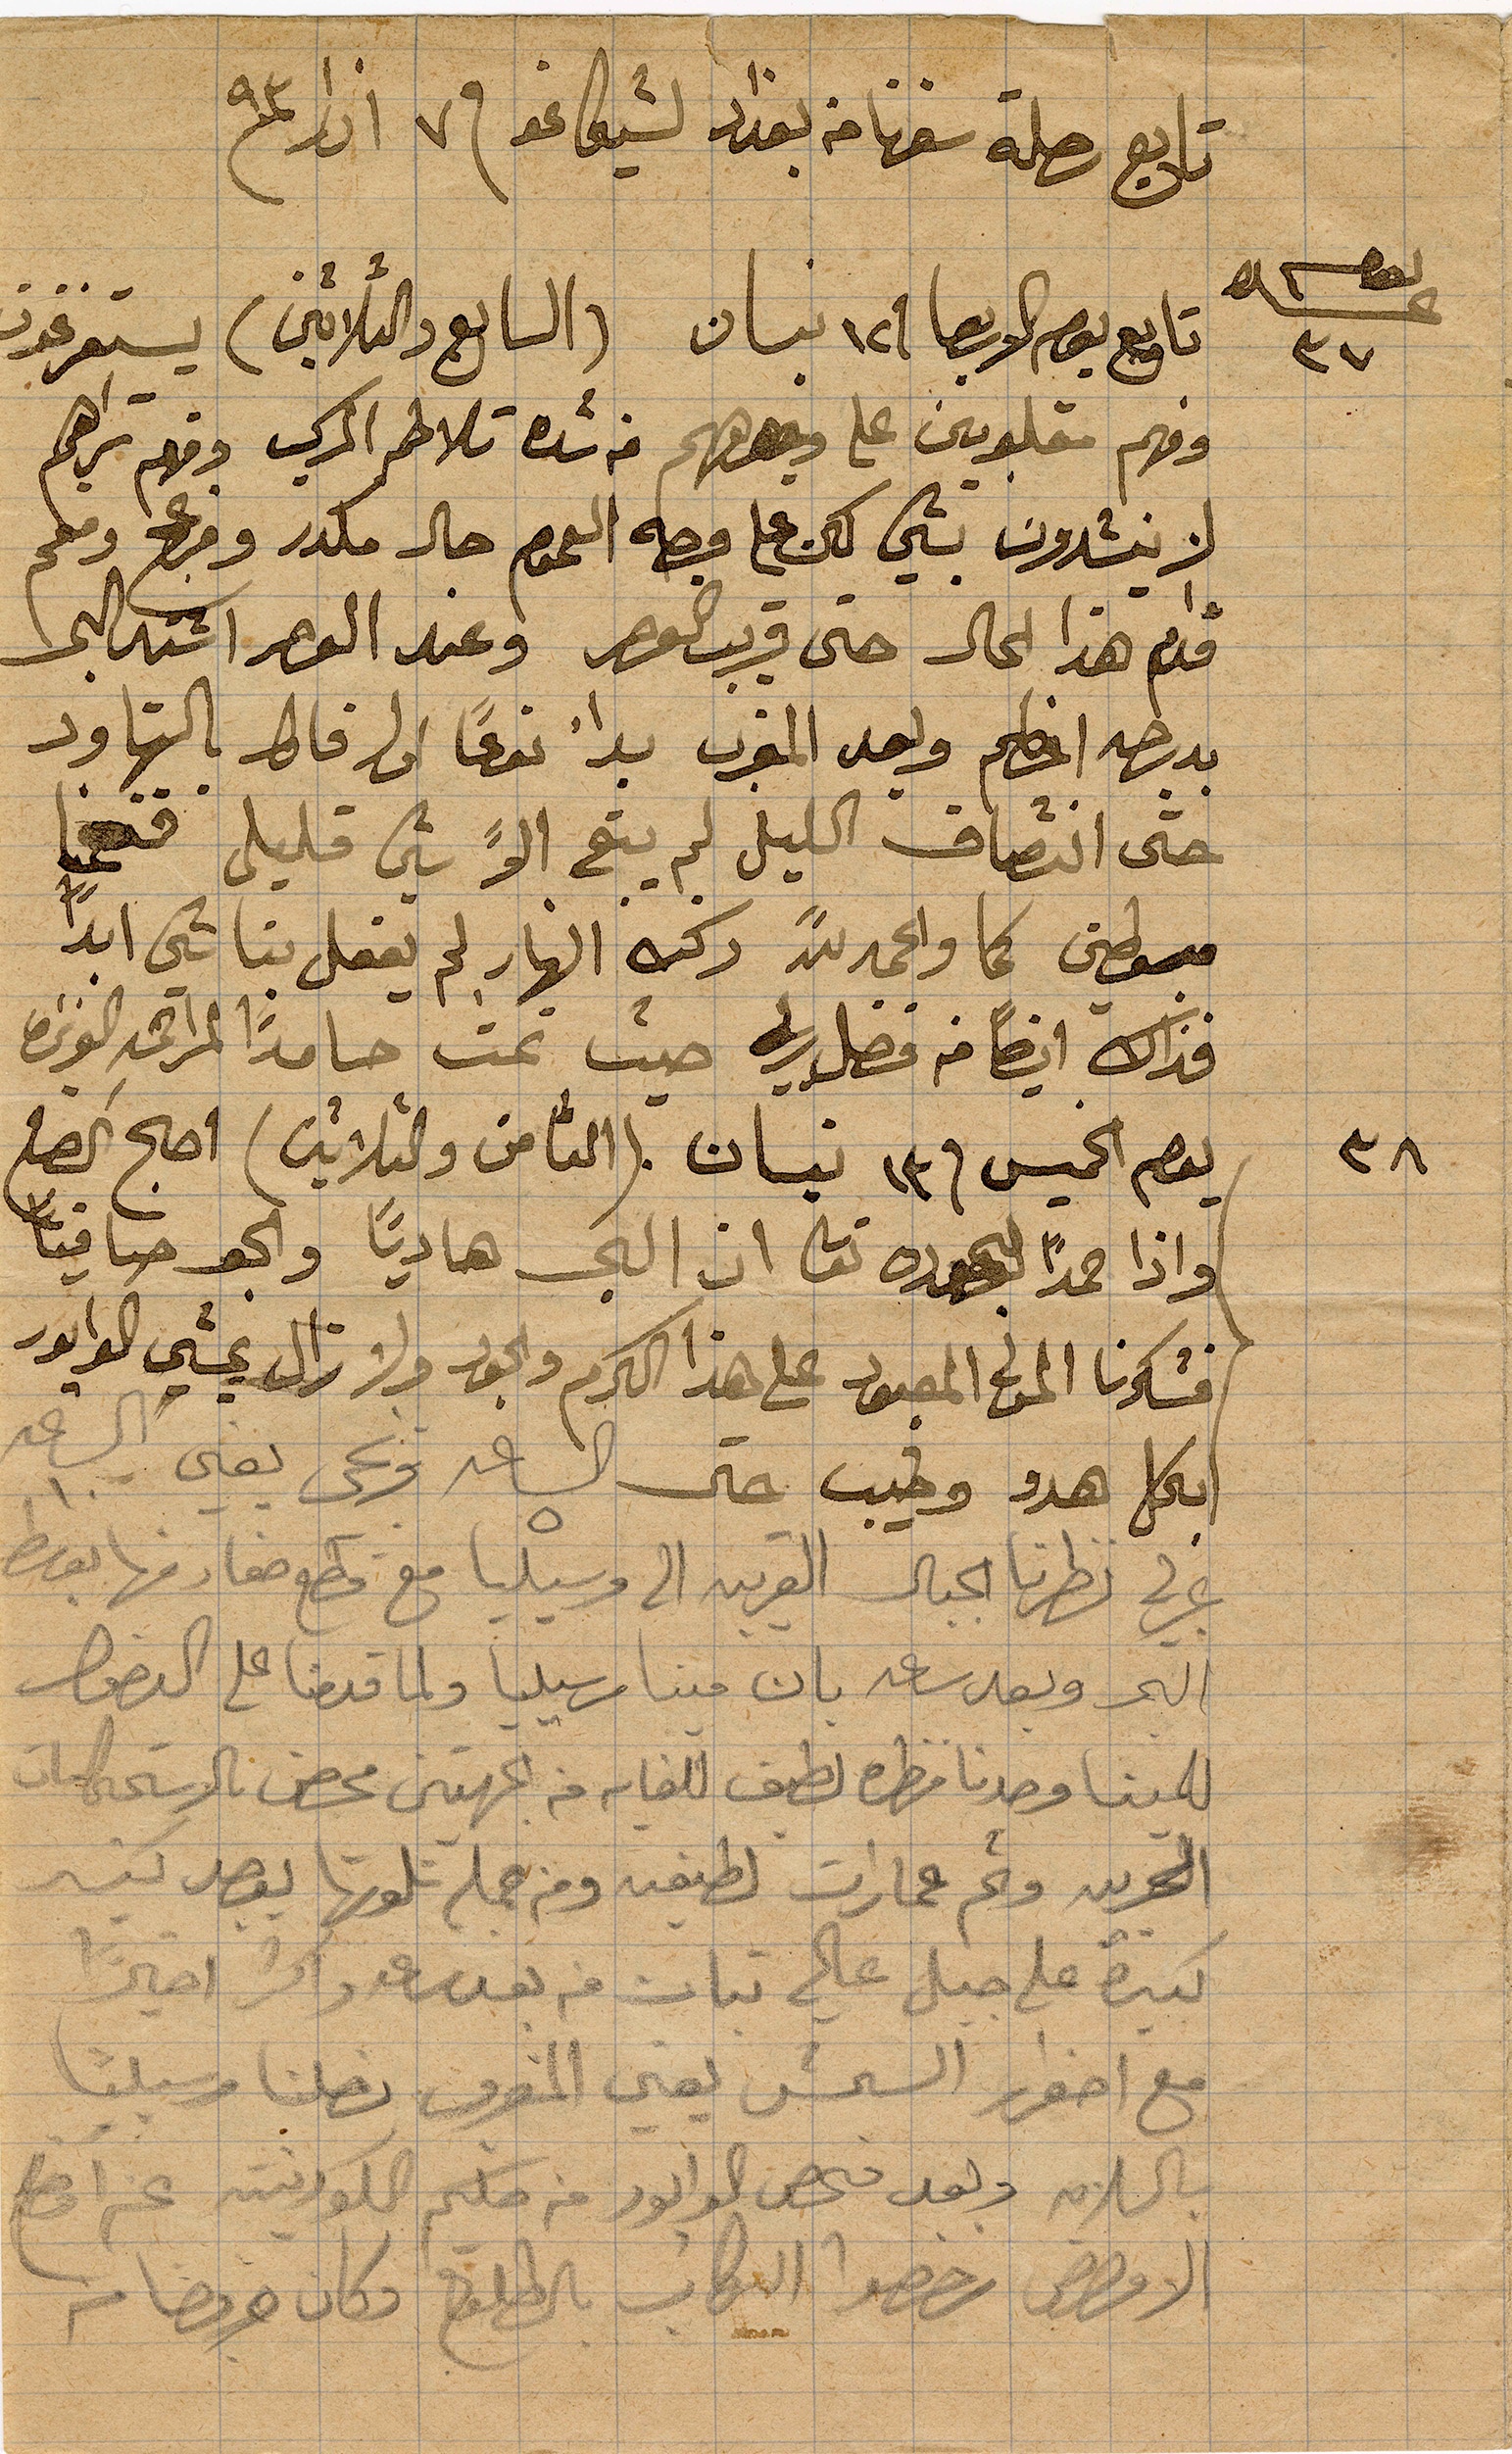
تابع رحلة سفرنا من بغداد لشيكاغو في ٧ اذار ١٨٩٣
تابع يوم الاربعا ١٢ نيسان (السابع والثلاثين) يستغرقون
وفهم مقلوبين على وجوههم من شدة تلاطم المركب ومعهم تراهم
لا ينشدون بشيء لكن على فرحه العموم حال مكدر ومزعج ومفحم
فدام هذا الحال حتى قريب العصر وعند العصر اشتد البحر
بدرجة اعظم وبعد المغرب بدا نوعًا ما مايل للتهاون
حتى انتصاف الليل لم يبق الا شيء قليل فقمنا
كما والحمدلله ركب النهار لم يفعل بنا شيء ابدًا
فذاك ايضًأ من فضل ربي حيث نمت حامدًا ...
يوم الخميس في ١٣ نيسان (الثامن والثلاثين) اصبح الصبح
واذا حمدًا ... ان البحر هاديًا والجو صافيًأ
فشكرنا المولى المعبود على هذا الكرم والجود ولا زال يمشي الوابور
بكل هدوء وطيب حتى الساعة ٥ ونحن يعني الساعة ١٠
نظرنا الجبال القريبة الى مرسيليا مع قطع ... منها بوسط
البحر وبعد ساعة بان مينا مرسيليا ولما قدمنا على الدخول
للمينا وجدنا مظهره لطيف للغاية من الجهتين محصن بالاستحصانات
الحربية وثم عمارات لطيفة ومن جملة تلوتها بقصد كثير
كبيرة على جبل عالي تبات من بعده ساعة واكثر اخيرًا
مع اصفرار الشمس يعني المغرب وصلنا مرسيليا
بالسلامة وبعد فحص الوابور من حكم الكورنيته ...
الا... رخصوا الركاب بالطلوع وكان وصلنا من